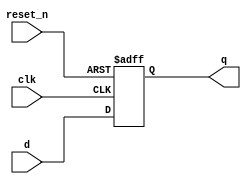
// Resettable D Flip-Flop with active low
module _dff_r(clk, reset_n, d, q);
input clk, reset_n, d;
output reg q;

always@(posedge clk or negedge reset_n)
begin
if(reset_n==0) q<=1'b0;
else q<=d;
end
endmodule